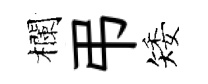
欄弔矮